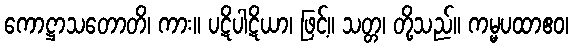
ကောဋ္ဌာသတောတိ၊ ကား။ ပဋိပါဋိယာ၊ ဖြင့်။ သတ္တ၊ တို့သည်။ ကမ္မပထာဧဝ၊